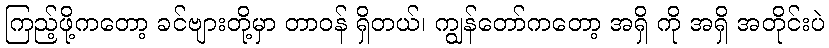
ကြည့်ဖို့ကတော့ ခင်ဗျားတို့မှာ တာဝန် ရှိတယ်၊ ကျွန်တော်ကတော့ အရှိ ကို အရှိ အတိုင်းပဲ